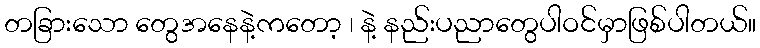
တခြားသော တွေအနေနဲ့ကတော့ ၊ နဲ့ နည်းပညာတွေပါဝင်မှာဖြစ်ပါတယ်။